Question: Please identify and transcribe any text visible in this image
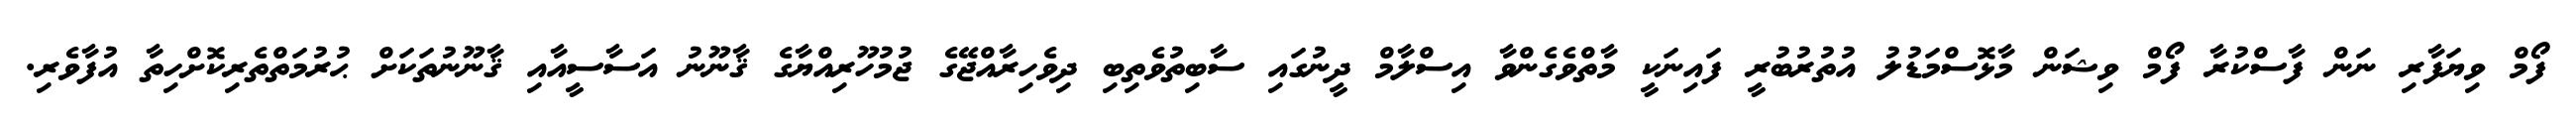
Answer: ފޯމް ވިޔަފާރި ނަން ފާސްކުރާ ފޯމް ވިޝަން މާޅޮސްމަޑުލު އުތުރުބުރީ ފައިނަކީ މާތްވެގެންވާ އިސްލާމް ދީނުގައި ސާބިތުވެތިބި ދިވެހިރާއްޖޭގެ ޖުމުހޫރިއްޔާގެ ޤާނޫނު އަސާސީއާއި ޤާނޫނުތަކަށް ޙުރުމަތްތެރިކޮށްހިތާ އުފާވެރި.